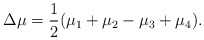
\begin{align*} \Delta\mu = \frac{1}{2} (\mu_1 + \mu_2 - \mu_3 + \mu_4).\end{align*}